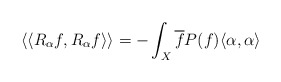
\begin{align*} \langle\langle R_{\alpha} f, R_{\alpha} f\rangle\rangle= - \int_{X} \overline{f} P(f) \langle \alpha,\alpha \rangle \end{align*}